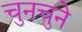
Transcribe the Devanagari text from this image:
चुनचुने